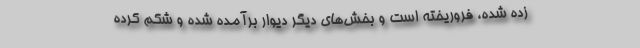
زده شده، فروریخته است و بخش‌های دیگرِ دیوار برآمده شده و شکم کرده